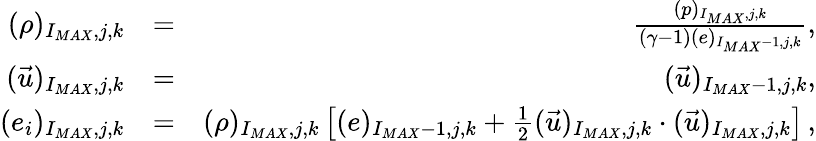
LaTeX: \begin{array}{rlr}{(\rho)_{I_{MAX},j,k}}&{=}&{\frac{(p)_{I_{MAX},j,k}}{(\gamma-1)(e)_{I_{MAX}-1,j,k}}\mathrm{,}}\\ {(\vec{u})_{I_{MAX},j,k}}&{=}&{(\vec{u})_{I_{MAX}-1,j,k}\mathrm{,}}\\ {(e_{i})_{I_{MAX},j,k}}&{=}&{(\rho)_{I_{MAX},j,k}\left[(e)_{I_{MAX}-1,j,k}+\frac{1}{2}(\vec{u})_{I_{MAX},j,k}\cdot(\vec{u})_{I_{MAX},j,k}\right]\, \mathrm{,}}\end{array}